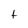
Character: t